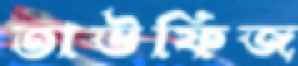
তাউফিজ